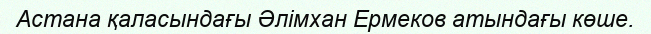
Астана қаласындағы Әлімхан Ермеков атындағы көше.